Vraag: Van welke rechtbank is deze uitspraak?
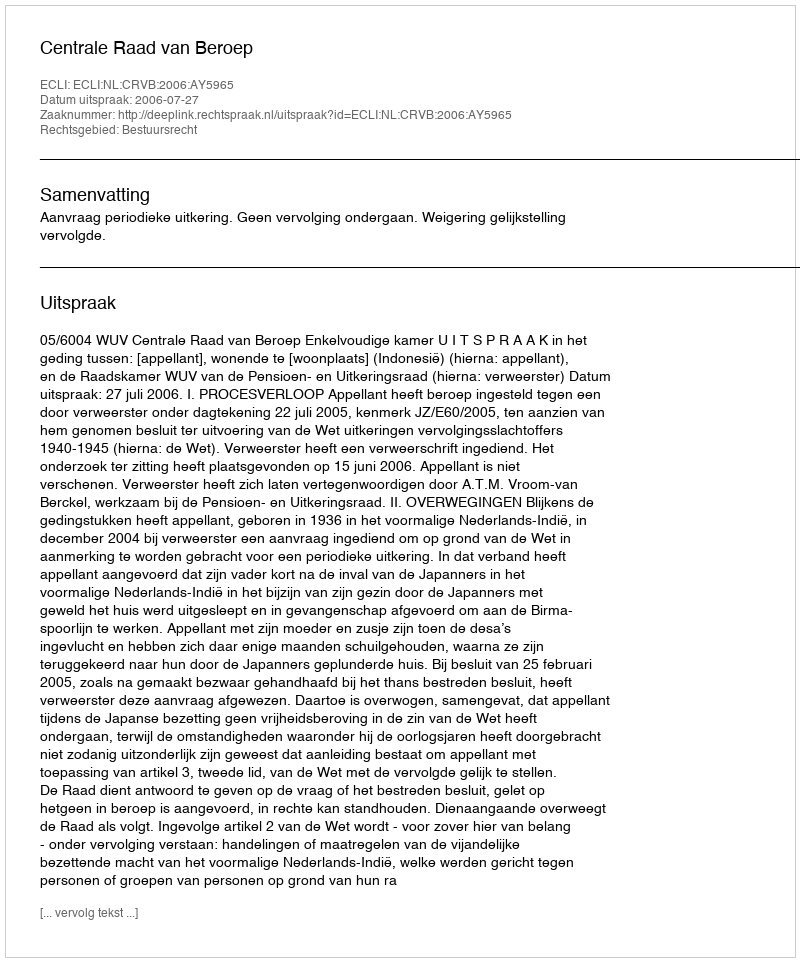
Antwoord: Centrale Raad van Beroep